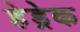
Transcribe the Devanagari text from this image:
हेड्रेक